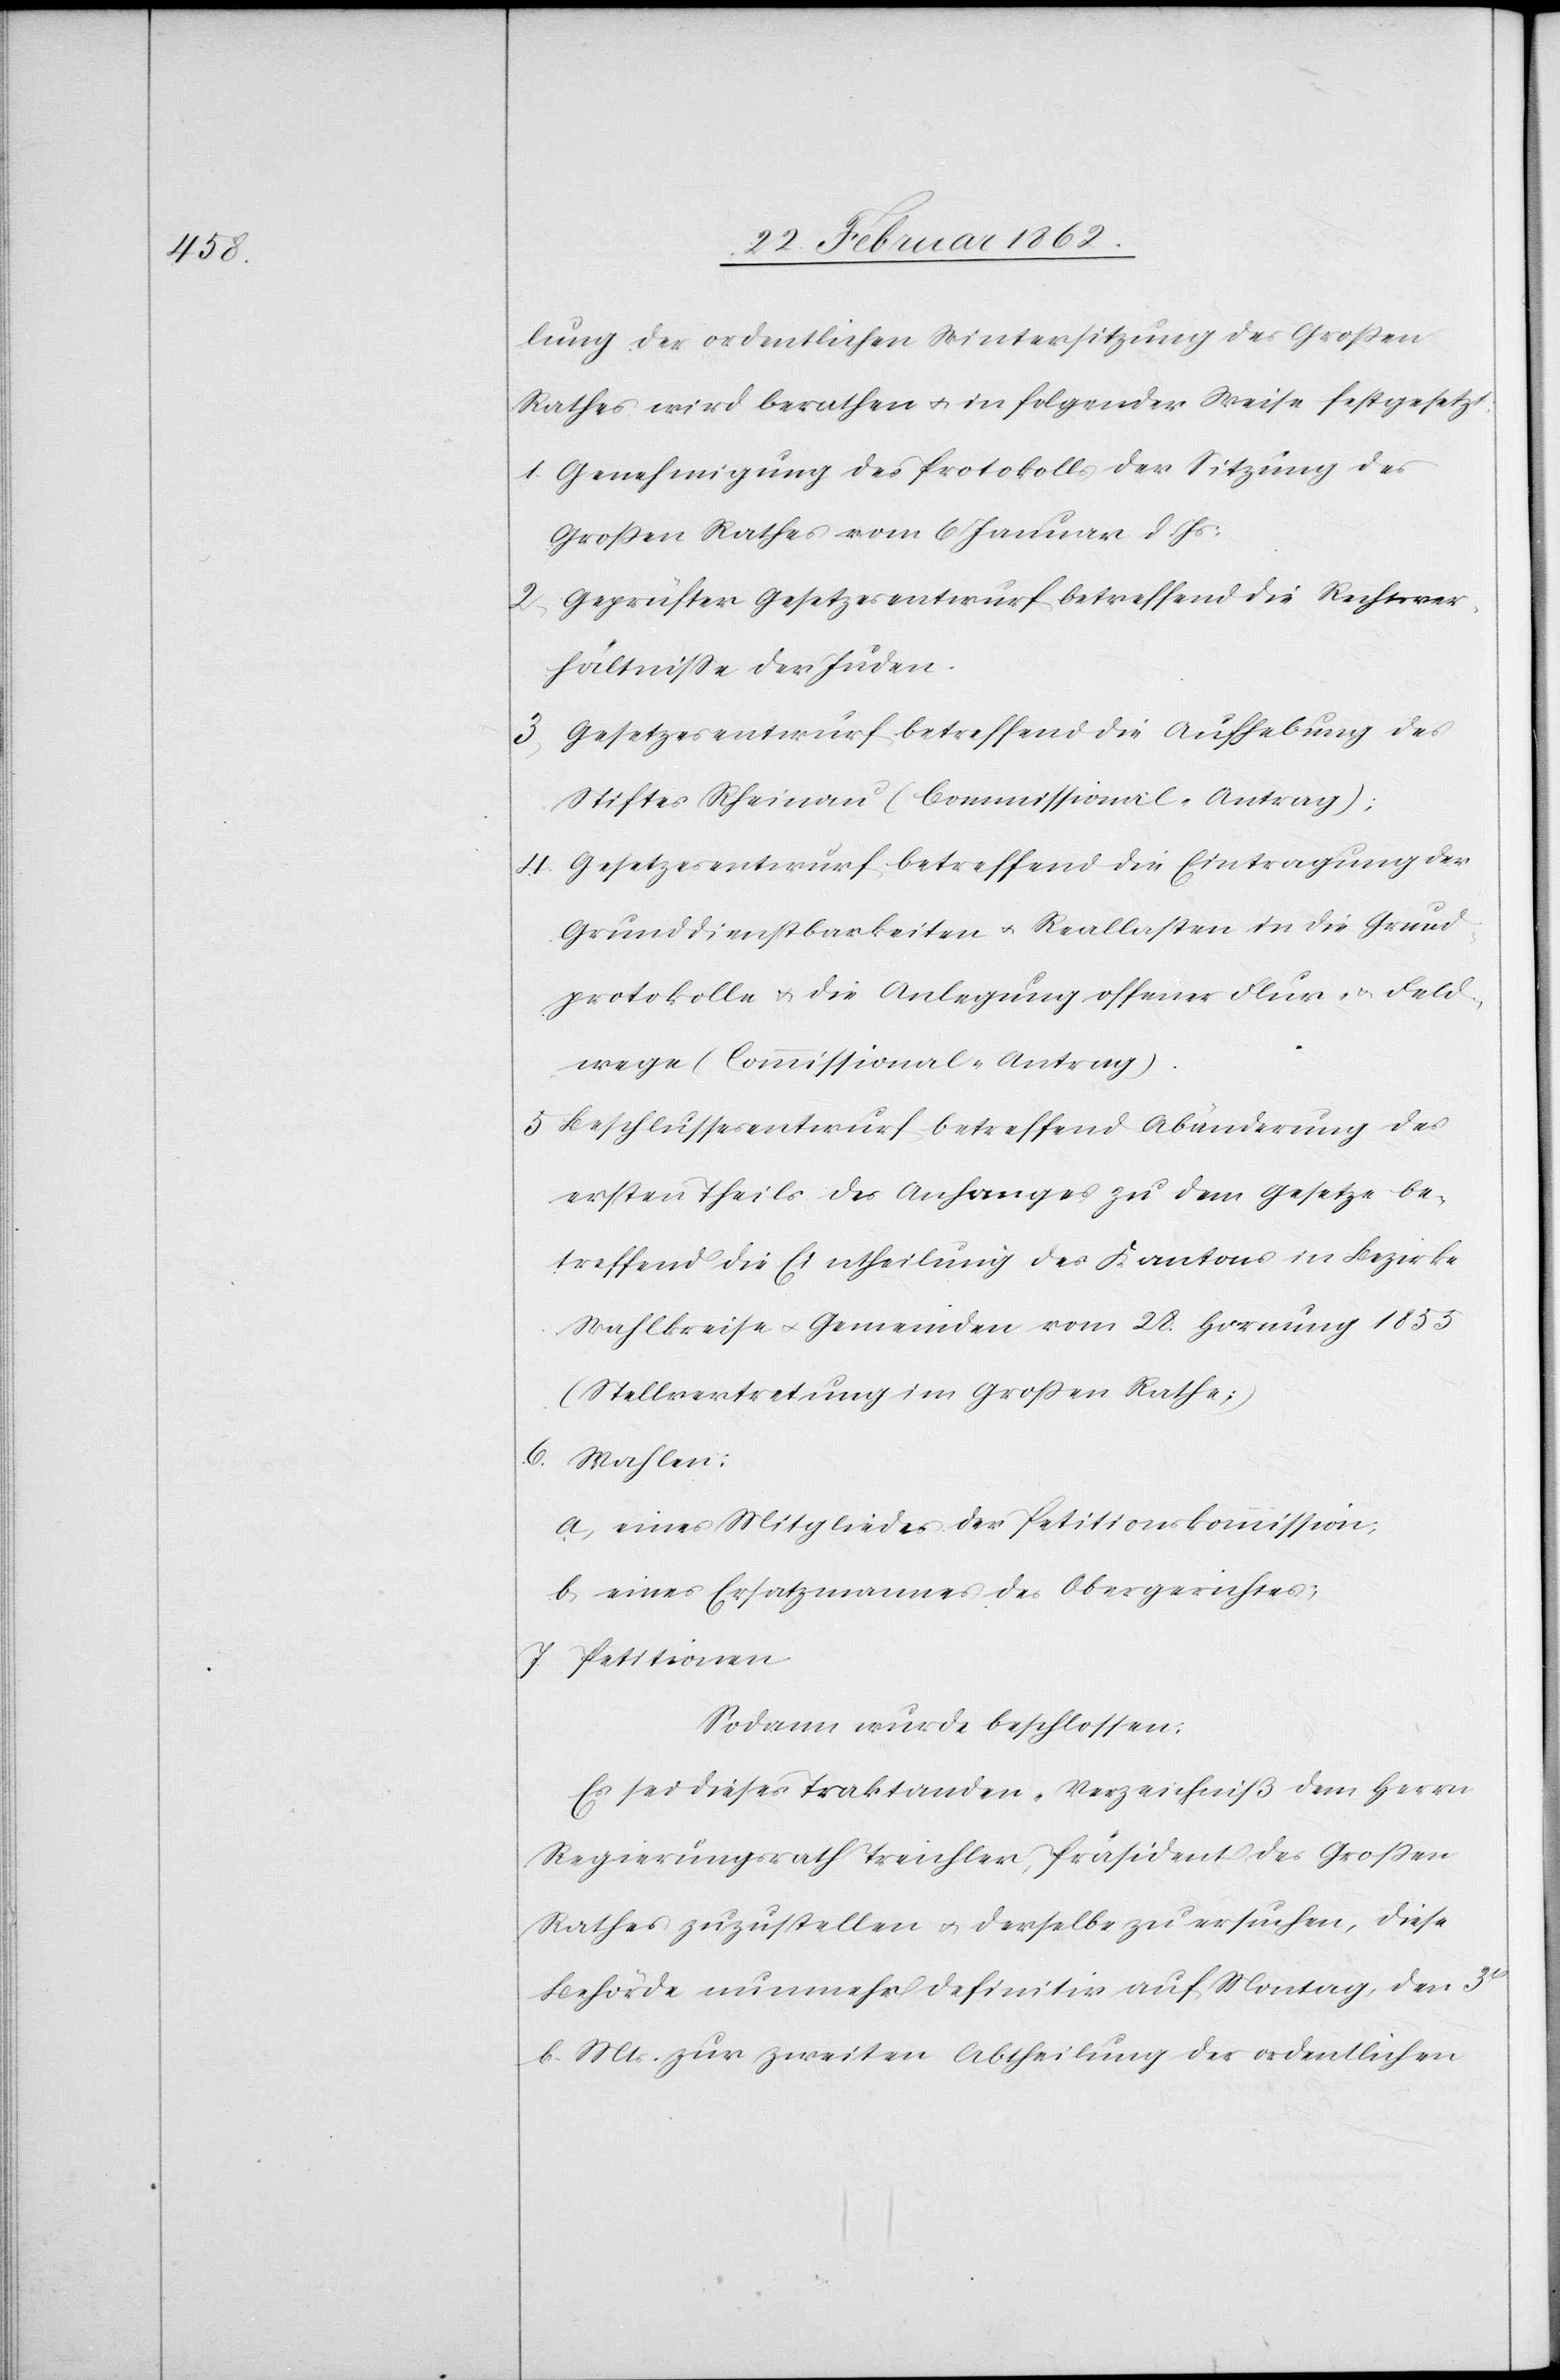
lung der ordentlichen Wintersitzung des Großen
Rathes wird berathen u. in folgender Weise festgesetzt:
1. Genehmigung des Protokolls der Sitzung des
Großen Rathes vom 6 Januar d. Js.
2. Geprüfter Gesetzesentwurf betreffend die Rechtsver¬
hältniße der Juden.
3. Gesetzesentwurf betreffend die Aufhebung des
Stiftes Rheinau (Commissional-Antrag);
4. Gesetzesentwurf betreffend die Eintragung der
Grunddienstbarkeiten u. Reallasten in die Grund¬
protokolle u. die Anlegung offener Flur- u. Feld¬
wege (Commissional-Antrag).
5. Beschlussesentwurf betreffend Abänderung des
ersten Theils des Anfanges zu dem Gesetze be¬
treffend die Eintheilung des Kantons in Bezirke
Wahlkreise u. Gemeinden vom 28. Hornung 1855
(Stellvertretung im Großen Rathe;)
6. Wahlen:
a) eines Mitgliedes der Petitionskommission,
b) eines Ersatzmannes des Obergerichtes;
7. Petitionen
Sodann wurde beschlossen:
Es sei dieses Traktanden-Verzeichniß dem Herrn
Regierungsrath Treichler, Präsident des Großen
Rathes zuzustellen u. derselbe zu ersuchen, diese
Behörde nunmehr definitiv auf Montag, den 3t
b. Mts. zur zweiten Abtheilung der ordentlichen